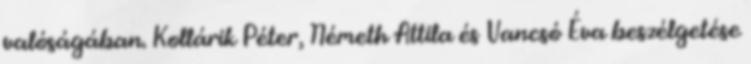
valóságában. Kollárik Péter, Németh Attila és Vancsó Éva beszélgetése